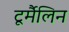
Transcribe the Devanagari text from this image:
टूर्मैलिन